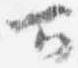
可